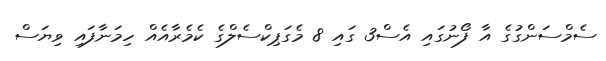
ސެމްސަންގުގެ އާ ފޯނުގައި އެސް3 ގައި 8 މެގަޕިކްސެލްގެ ކެމެރާއެއް ހިމަނާފައި ވިޔަސް